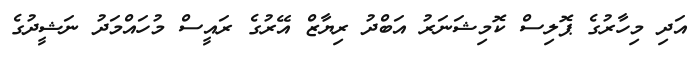
އަދި މިހާރުގެ ޕޮލިސް ކޮމިޝަނަރު އަބްދު ރިޔާޒް އޭރުގެ ރައީސް މުހައްމަދު ނަޝީދުގެ